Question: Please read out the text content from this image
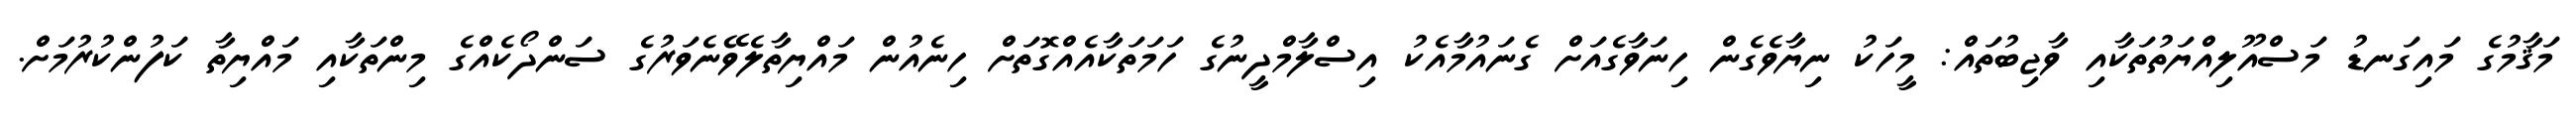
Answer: މަޤާމުގެ މައިގަނޑު މަސްއޫލިއްޔަތުތަކާއި ވާޖިބުތައް: މީހަކު ނިޔާވެގެން ހިނަވާގެއަށް ގެނައުމާއެކު އިސްލާމްދީނުގެ ހަމަތަކާއެއްގޮތަށް ހިނެއުން މައްޔިތާލެވޭނެވަރުގެ ސަންދޯކެއްގެ މިންތަކާއި މައްޔިތާ ކަފުންކުރުމަށް.